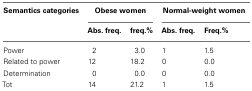
| Semantics categories | <COLSPAN=2> Obese women | <COLSPAN=2> Normal-weight women |
 |  | Abs. freq. | freq.% | Abs. freq. | Freq.% |
 | --- | --- | --- | --- | --- |
 | Power | 2 | 3.0 | 1 | 1.5 |
 | Related to power | 12 | 18.2 | 0 | 0.0 |
 | Determination | 0 | 0.0 | 0 | 0.0 |
 | Tot | 14 | 21.2 | 1 | 1.5 |